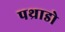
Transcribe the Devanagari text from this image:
पथ्राडो